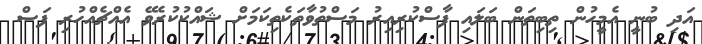
އަދި ބުނީ އެމީހުން ތިބިތަން ބަލައި ފާސްކުރިއިރު މަސްތުވާތަކެތިކަމަށް ޝައްކުކުރެވޭ އެއްޗެއްހުރި ފަސް